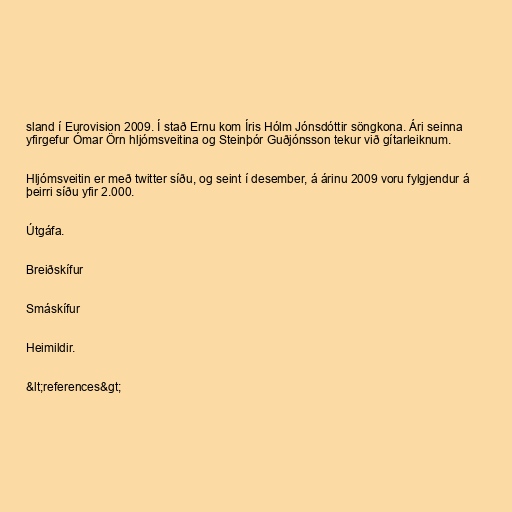
sland í Eurovision 2009. Í stað Ernu kom Íris Hólm Jónsdóttir söngkona. Ári seinna
yfirgefur Ómar Örn hljómsveitina og Steinþór Guðjónsson tekur við gítarleiknum.

Hljómsveitin er með twitter síðu, og seint í desember, á árinu 2009 voru fylgjendur á
þeirri síðu yfir 2.000.

Útgáfa.

Breiðskífur

Smáskífur

Heimildir.

&lt;references&gt;